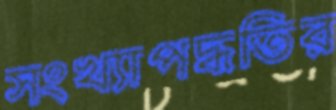
সংখ্যাপদ্ধতির